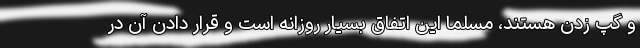
و گپ زدن هستند، مسلما این اتفاق بسیار روزانه است و قرار دادن آن در